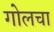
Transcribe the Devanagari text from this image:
गोलचा